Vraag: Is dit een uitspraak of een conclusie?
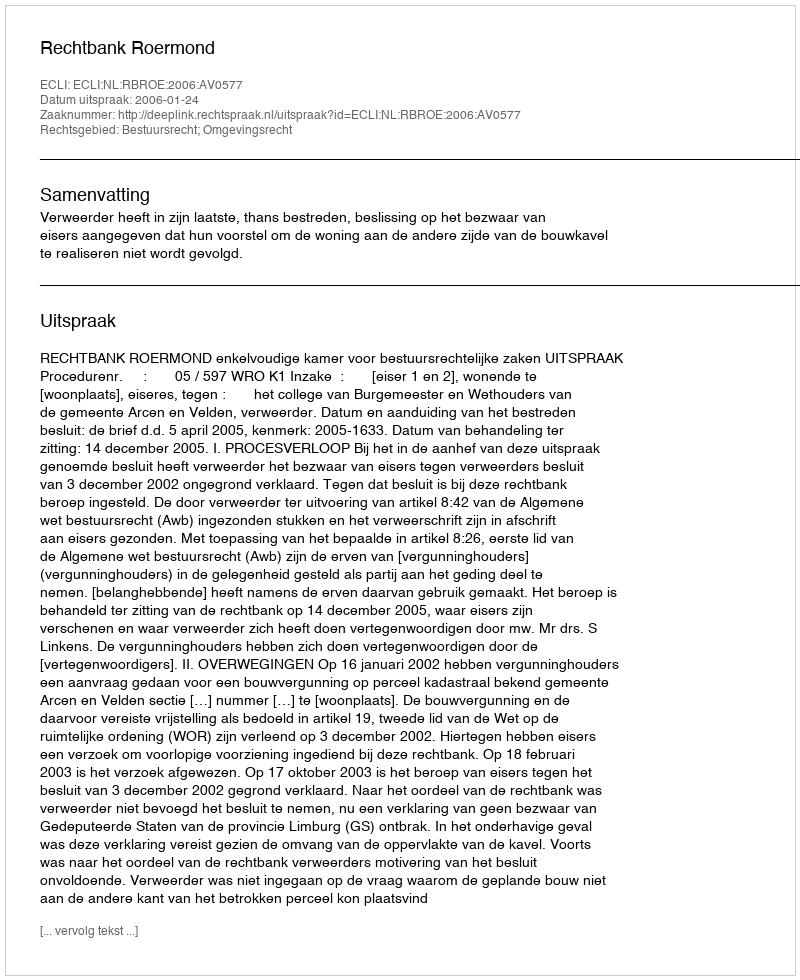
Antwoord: Uitspraak